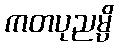
ကတပုညမ္ပိ